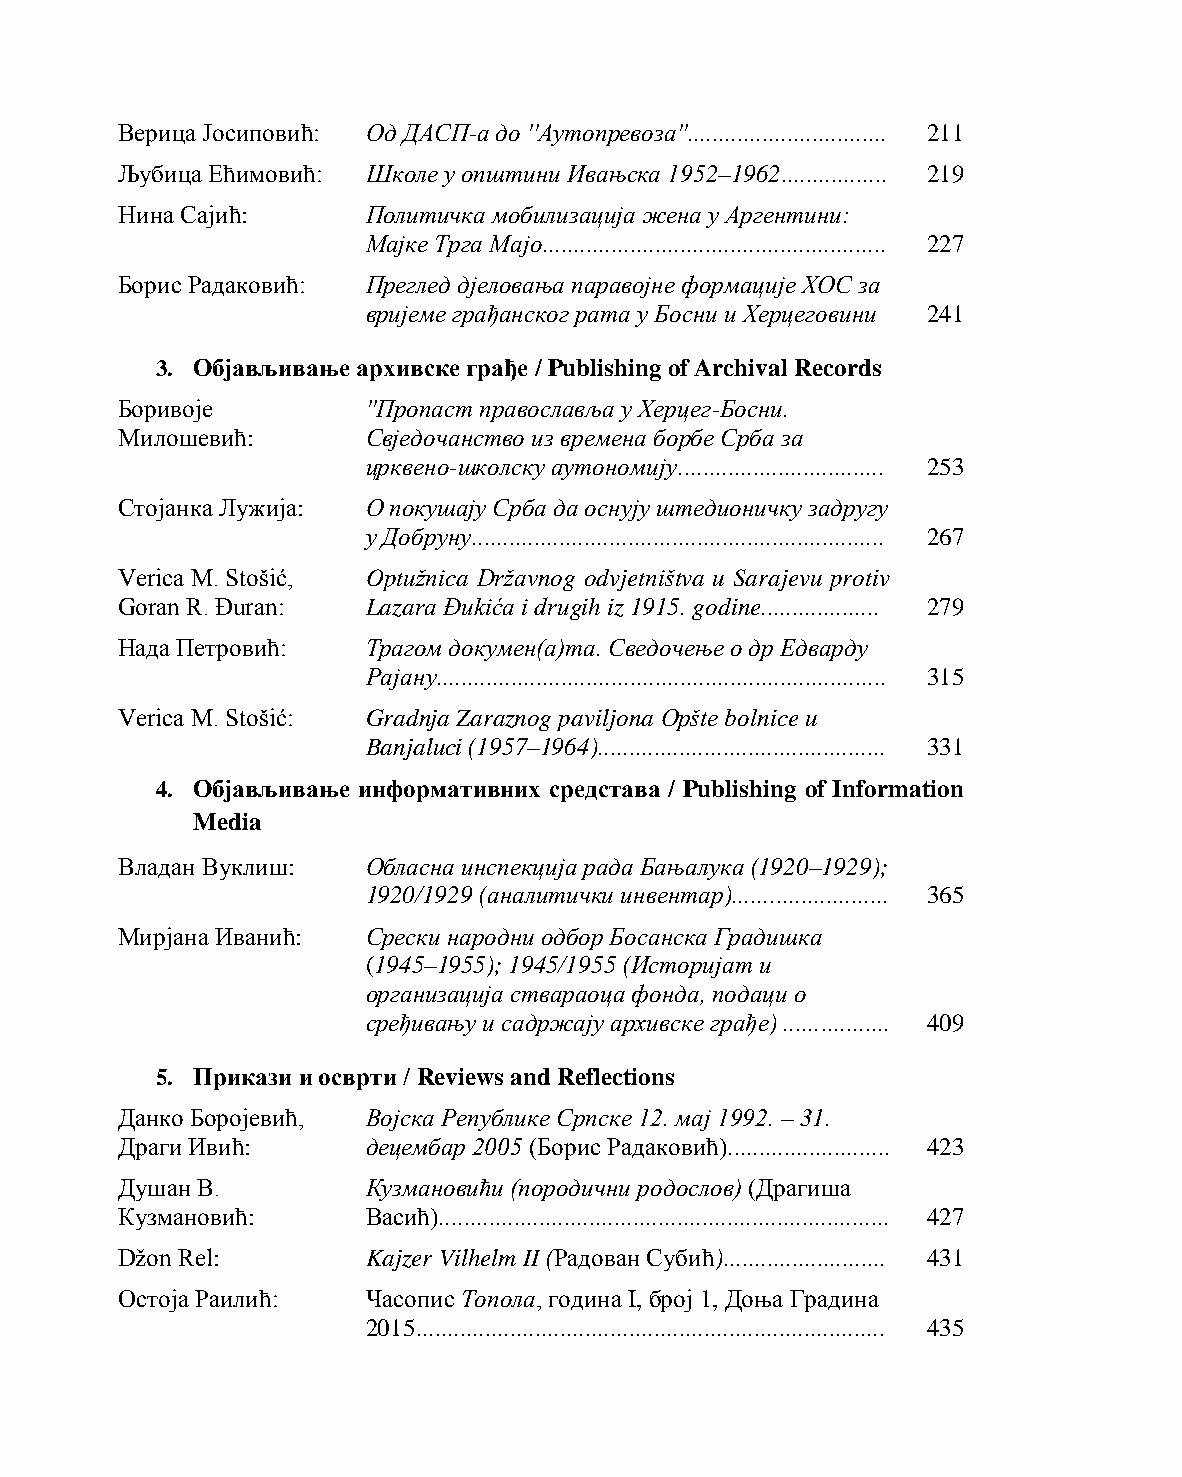
Верица Јосиповић: Од ДАСП-а до ''Аутопревоза''................................ 211
 Љубица Ећимовић: Школе у општини Ивањска 1952–1962................. 219
 Нина Сајић:     Политичка мобилизација жена у Аргентини:
 Мајке Трга Мајо....................................................... 227
 Борис Радаковић: Преглед дјеловања паравојне формације ХОС за
 вријеме грађанског рата у Босни и Херцеговини 241
 3. Објављивање архивске грађе / Publishing of Archival Records
 Боривоје        ''Пропаст православља у Херцег-Босни.
 Милошевић:      Свједочанство из времена борбе Срба за
 црквено-школску аутономију................................. 253
 Стојанка Лужија: О покушају Срба да оснују штедионичку задругу
 у Добруну.................................................................. 267
 Verica M. Stošić, Optužnica Državnog odvjetništva u Sarajevu protiv
 Goran R. Đuran: Lazara Đukića i drugih iz 1915. godine................... 279
 Нада Петровић:  Трагом докумен(а)та. Сведочење о др Едварду
 Рајану........................................................................ 315
 Verica M. Stošić: Gradnja Zaraznog paviljona Opšte bolnice u
 Banjaluci (1957–1964).............................................. 331
 4. Објављивање информативних средстава / Publishing of Information
 Media
 Владан Вуклиш:  Обласна инспекција рада Бањалука (1920–1929);
 1920/1929 (аналитички инвентар)......................... 365
 Мирјана Иванић: Срески народни одбор Босанска Градишка
 (1945–1955); 1945/1955 (Историјат и
 организација ствараоца фонда, подаци о
 сређивању и садржају архивске грађе) ................. 409
 5. Прикази и осврти / Reviews and Reflections
 Данко Боројевић, Војска Републике Српске 12. мај 1992. – 31.
 Драги Ивић:     децембар 2005 (Борис Радаковић).......................... 423
 Душан В.        Кузмановићи (породични родослов) (Драгиша
 Кузмановић:     Васић)........................................................................ 427
 Džon Rel:       Kajzer Vilhelm II (Радован Субић).......................... 431
 Остоја Раилић:  Часопис Топола, година I, број 1, Доња Градина
 2015........................................................................... 435